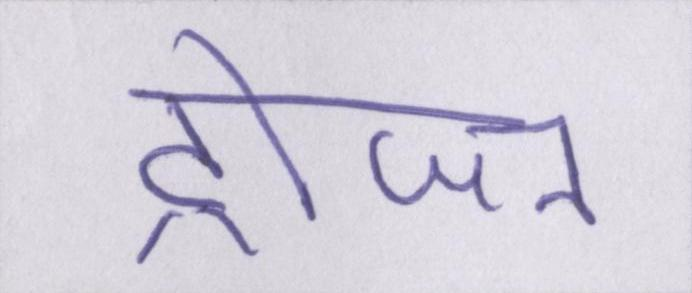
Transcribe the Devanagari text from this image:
ट्रोजन